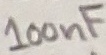
Text: 100nF